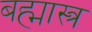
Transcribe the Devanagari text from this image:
बह्मास्त्र